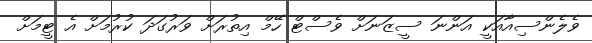
ވެލެންސިއާއަކީ އަންނަ ސީޒަނަށް ވެސްޓް ހޭމް އިތުރަށް ވަރުގަދަ ކުރުމަށް އެ ޓީމަށް